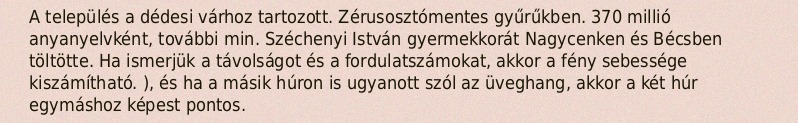
A település a dédesi várhoz tartozott. Zérusosztómentes gyűrűkben. 370 millió anyanyelvként, további min. Széchenyi István gyermekkorát Nagycenken és Bécsben töltötte. Ha ismerjük a távolságot és a fordulatszámokat, akkor a fény sebessége kiszámítható. ), és ha a másik húron is ugyanott szól az üveghang, akkor a két húr egymáshoz képest pontos.